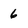
Character: 6